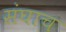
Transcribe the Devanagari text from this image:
संघाच